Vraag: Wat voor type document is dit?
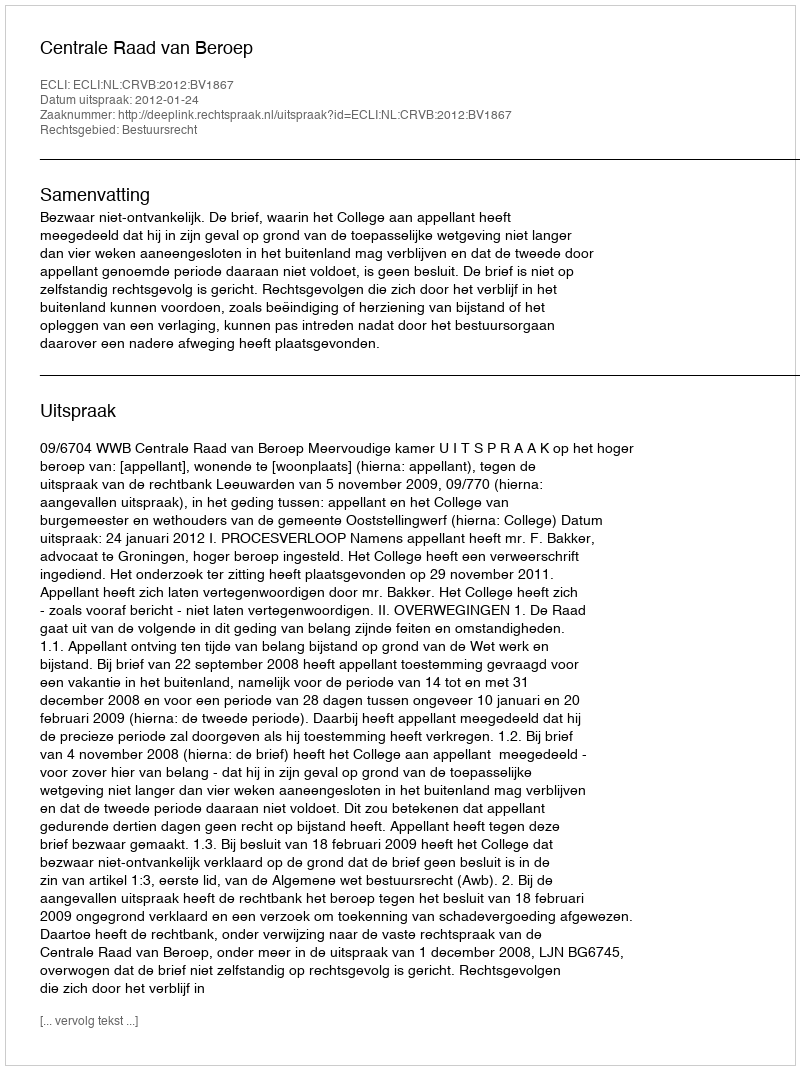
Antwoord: Uitspraak